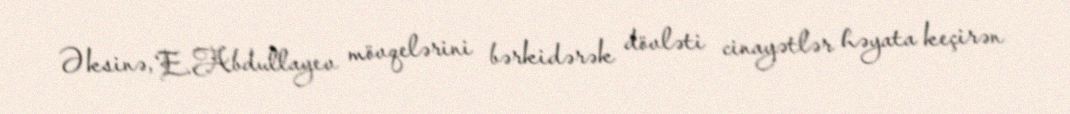
Əksinə, E.Abdullayev mövqelərini bərkidərək dövləti cinayətlər həyata keçirən